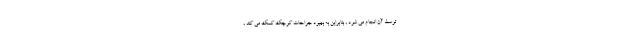
توسط آن انجام می شود , بنابراین به بهبود جراحات کوچک کمک می کند ,